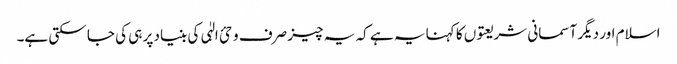
اسلام اور دیگر آسمانی شریعتوں کا کہنا یہ ہے کہ یہ چیز صرف وحئ الہٰی کی بنیاد پر ہی کی جا سکتی ہے۔